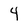
Character: 4